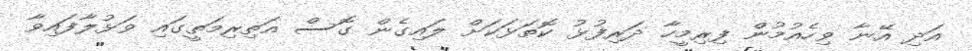
އަދި އޭނާ ވިހެއުމުން ފިރިމީހާ ދަރިފުޅު ކޮތަޅަކަށް ލައިގެން ގޮސް އަތިރިމަތީގައި ވަޅުލާފައިވާ